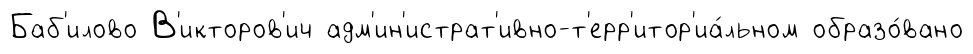
Баб'илово В'икторов'ич адм'ин'истрат'ивно-т'ерр'итор'иа́льном образо́вано